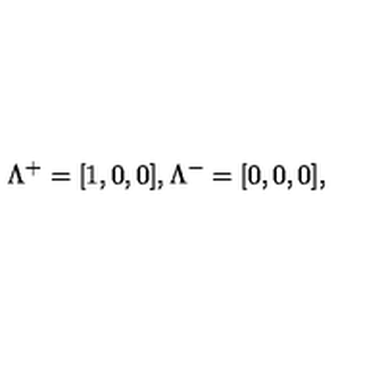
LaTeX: \Lambda ^ { + } = [ 1 , 0 , 0 ] , \Lambda ^ { - } = [ 0 , 0 , 0 ] ,